Insane asylums in Bengal annual reports 1867-1875 - 1867-1875
Year: 1867
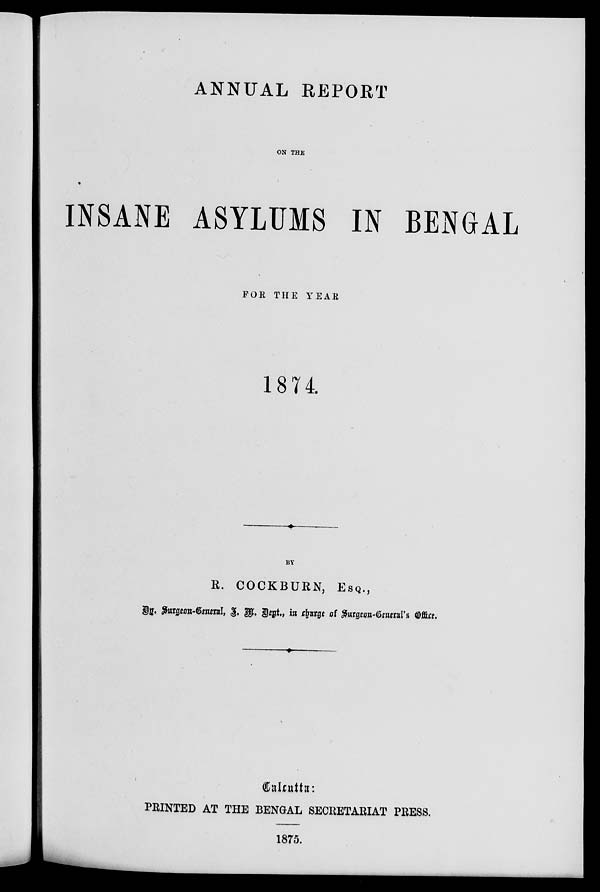
ANNUAL REPORT
ON THE
INSANE ASYLUMS IN BENGAL
FOR THE YEAR
1874.
BY
R. COCKBURN, ESQ.,
By Surgeon-General, J. M. Dept., in charge of Surgeon-General's O
Calcutta:
PRINTED AT THE BENGAL SECRETARIAT PRESS.
1875.